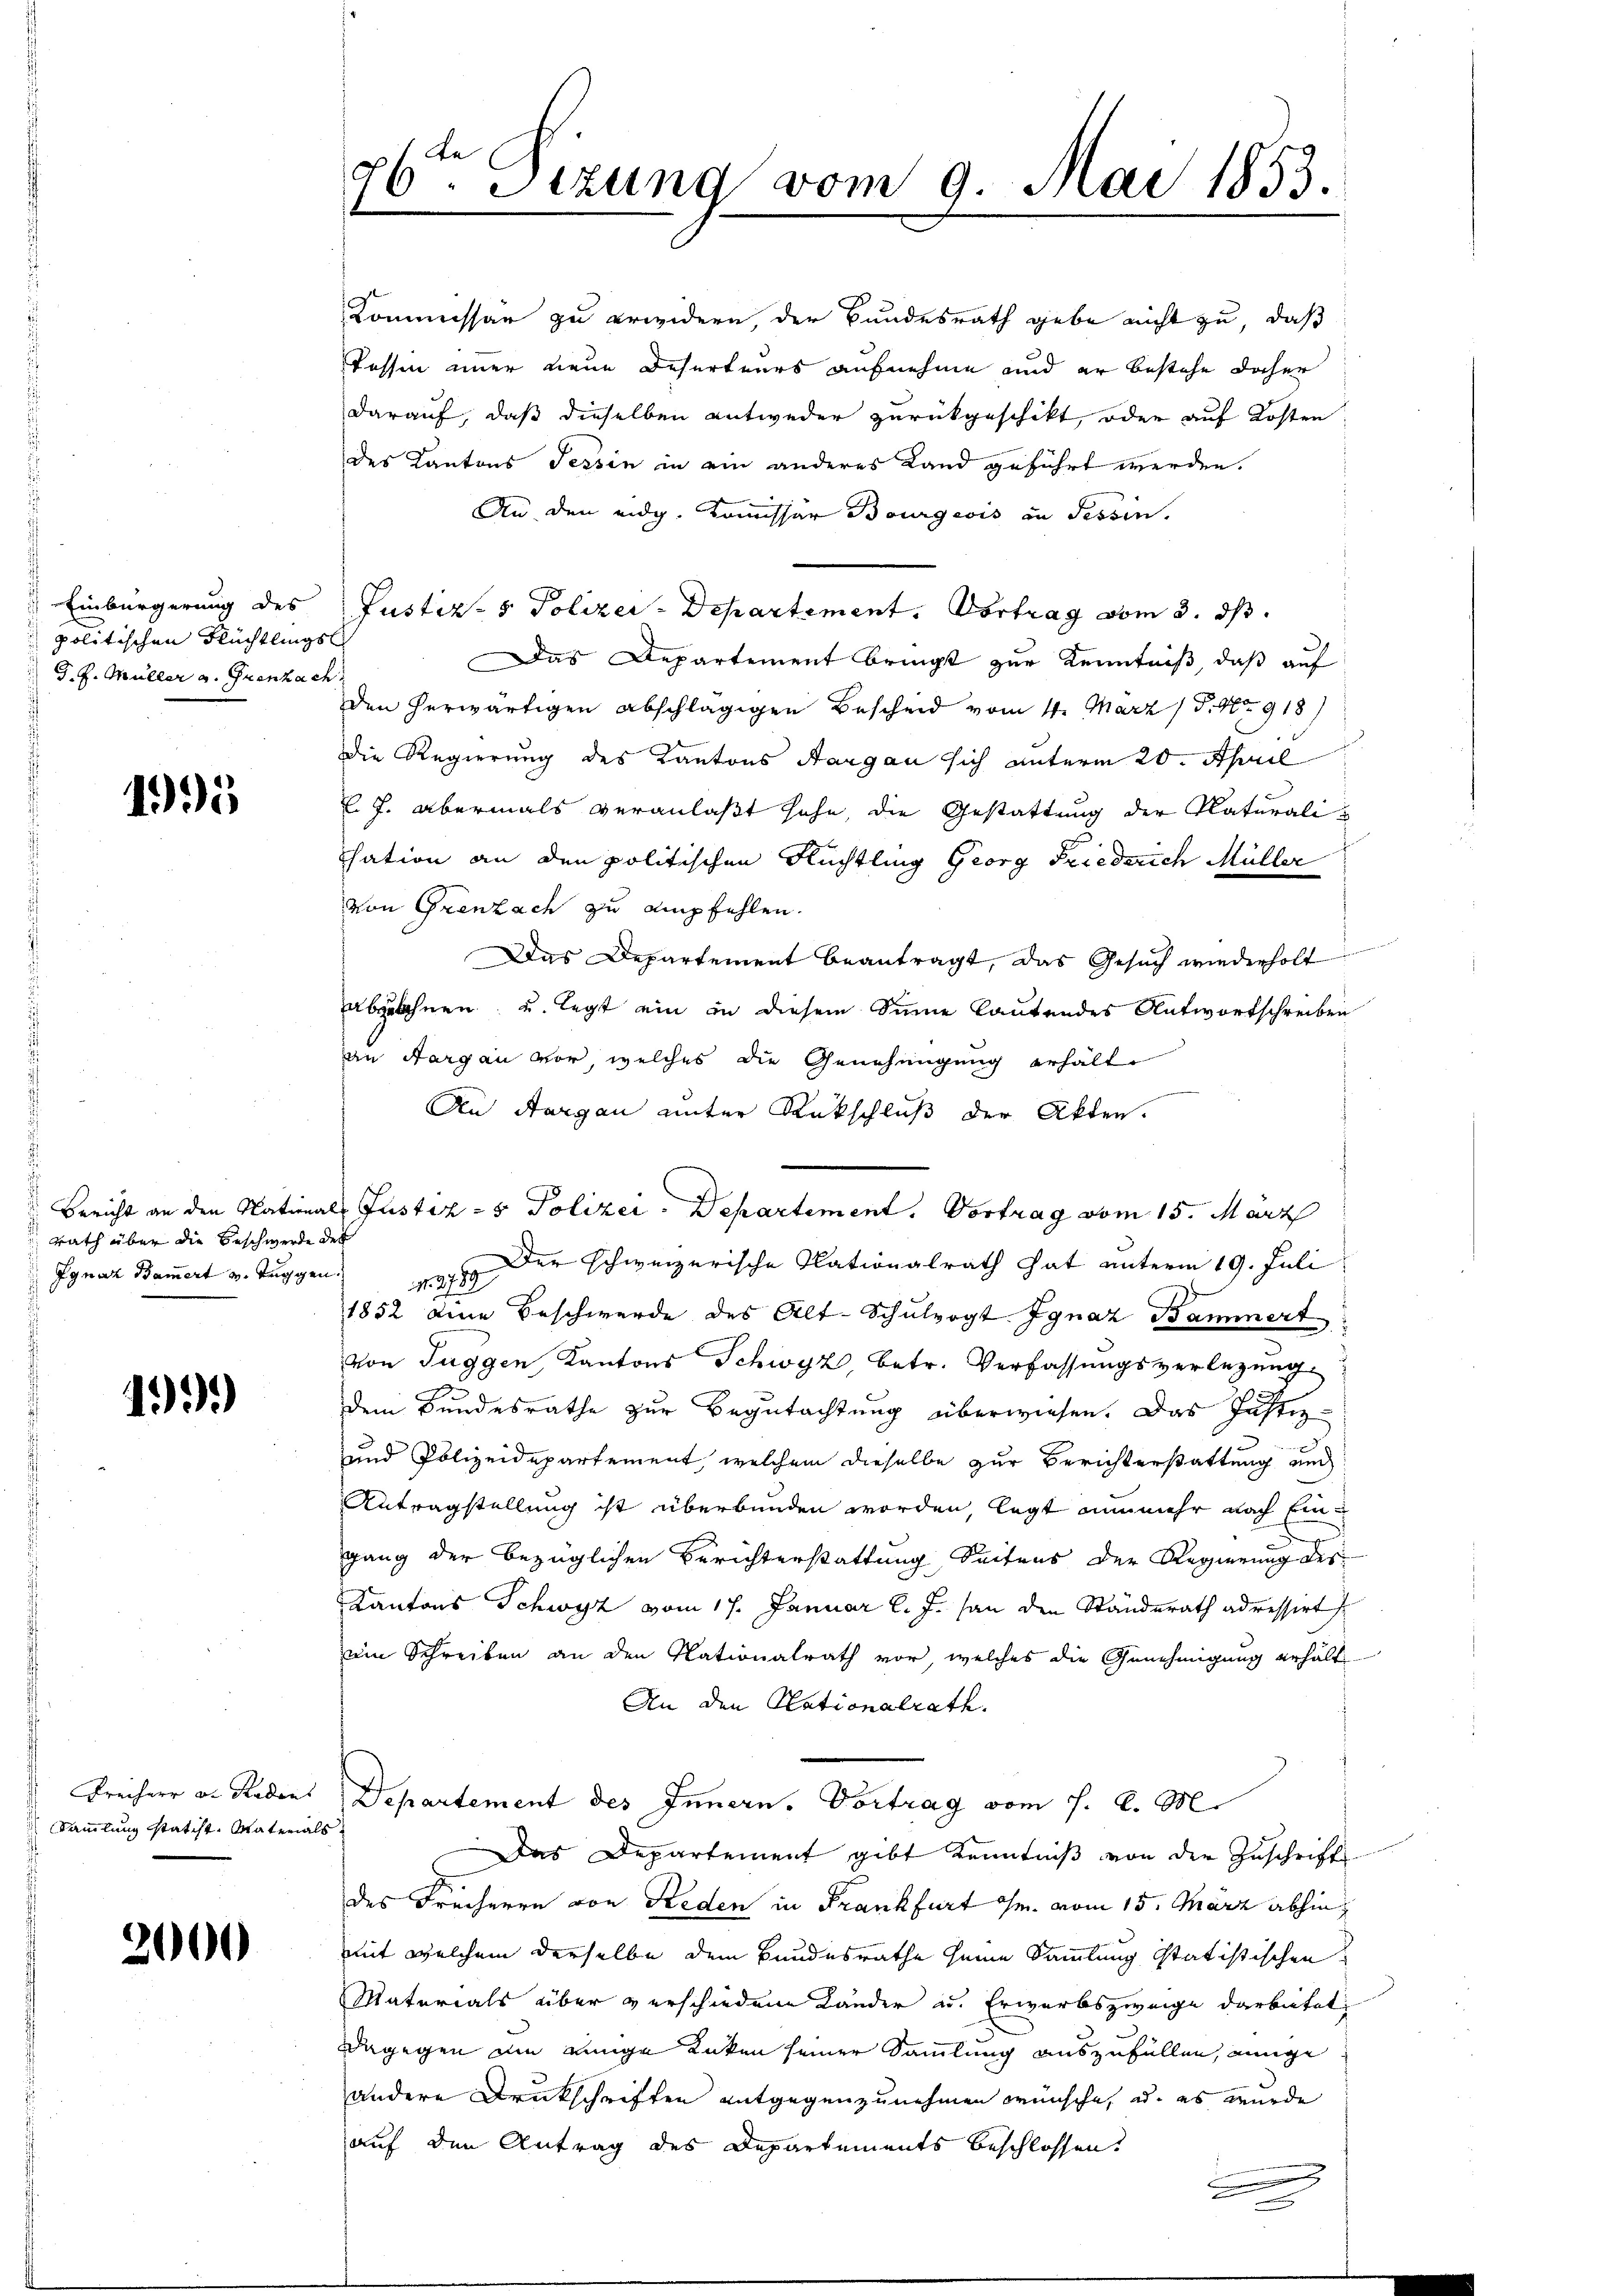
) Einbürgerung des
politischen Flüchtlings
G. H. Müller a. Grenhae

1995

rath über die Beschwerde der

1)

Freiherr D. Redens
Sammlung statist. Vaterial

2000

26ten Sizung vom 9. Mai 1853.

Kommissar zu erwidern, der Bundesrath gebe nicht zu, daß
Tessin immer neue Deserteurs aufnehme und er bestehe daher
darauf, daß dieselben entweder zurückgeschikt, oder auf Kosten
des Kantons Tessin in ein anderes Land geführt werden.
An den eidg. Kommissär Bourgeois in Tessin.
Justiz- & Polizer-Departement. Vortrag vom 3. ds.
sch
Das Departement bringt zur Kenntniß, daß auf
.
den herwärtigen abschlägigen Bescheid vom 11. März 18. No 918)
Die Regierung des Kantons Aargau sich unterm 20. April
l. J. abermals veranlaßt hohe, die Gestattung der Naturali¬
Chation an den politischen Rüchtling Georg Friederich Müller
von Grenzach zu empfehlen.
Das Departement beantragt, das Gesuch wiederholt
abzulehnen, und legt ein in diesem Sinne lautendes Antwortschreiben
an Aargau vor, welches die Genehmigung erhälte
An Aargau unter Rückschluß der Akten.
Ignaz Bamert v. Tuggen. 1979 der schweizerische Nationalrath hat unterm 19. Juli
1852 eine Beschwerde des Alt-Schulvogt Ignaz Bammert
von Tuggen, Kantons Schwyz, betr. Verfassungsverlegung
dem Bundesrathe zur Begutachtung überwiesen. Das Justiz
und Polizeidepartement, welchem dieselbe zur Berichterstattung und
Antragstellung ist überbunden worden, legt nunmehr nach Eingang der bezüglichen Berichterstattung Seitens der Regierung des
Kantons Schwyz vom 17. Januar l. J. an den Standerath adressirt
ein Schreiben an den Nationalrath vor, welches die Genehmigung erhält
An den Rationalrath.
Departement des Innern. Vortrag vom 7. d. M.
Das Departement gibt Kenntniß von der Zuschrift
des Freiherrn von Reden in Frankfurt ihm. vom 15. März abhin,
mit welchem derselbe dem Bundesrathe seine Sammlung statistischen
Materials über verschiedene Länder u. Erwerbszweige darbeitet
dagegen ain einige Unken seiner Sammlung auszufüllen, einige
andere Druckschriften entgegenzunehmen wünsche, u. es wurde
auf den Antrag des Departements beschlossen.
.

Bericht an den Nationals Justiz- & Polizei - Departement. Vortrag vom 15. März

e